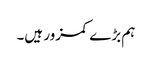
ہم بڑے کمزور ہیں۔